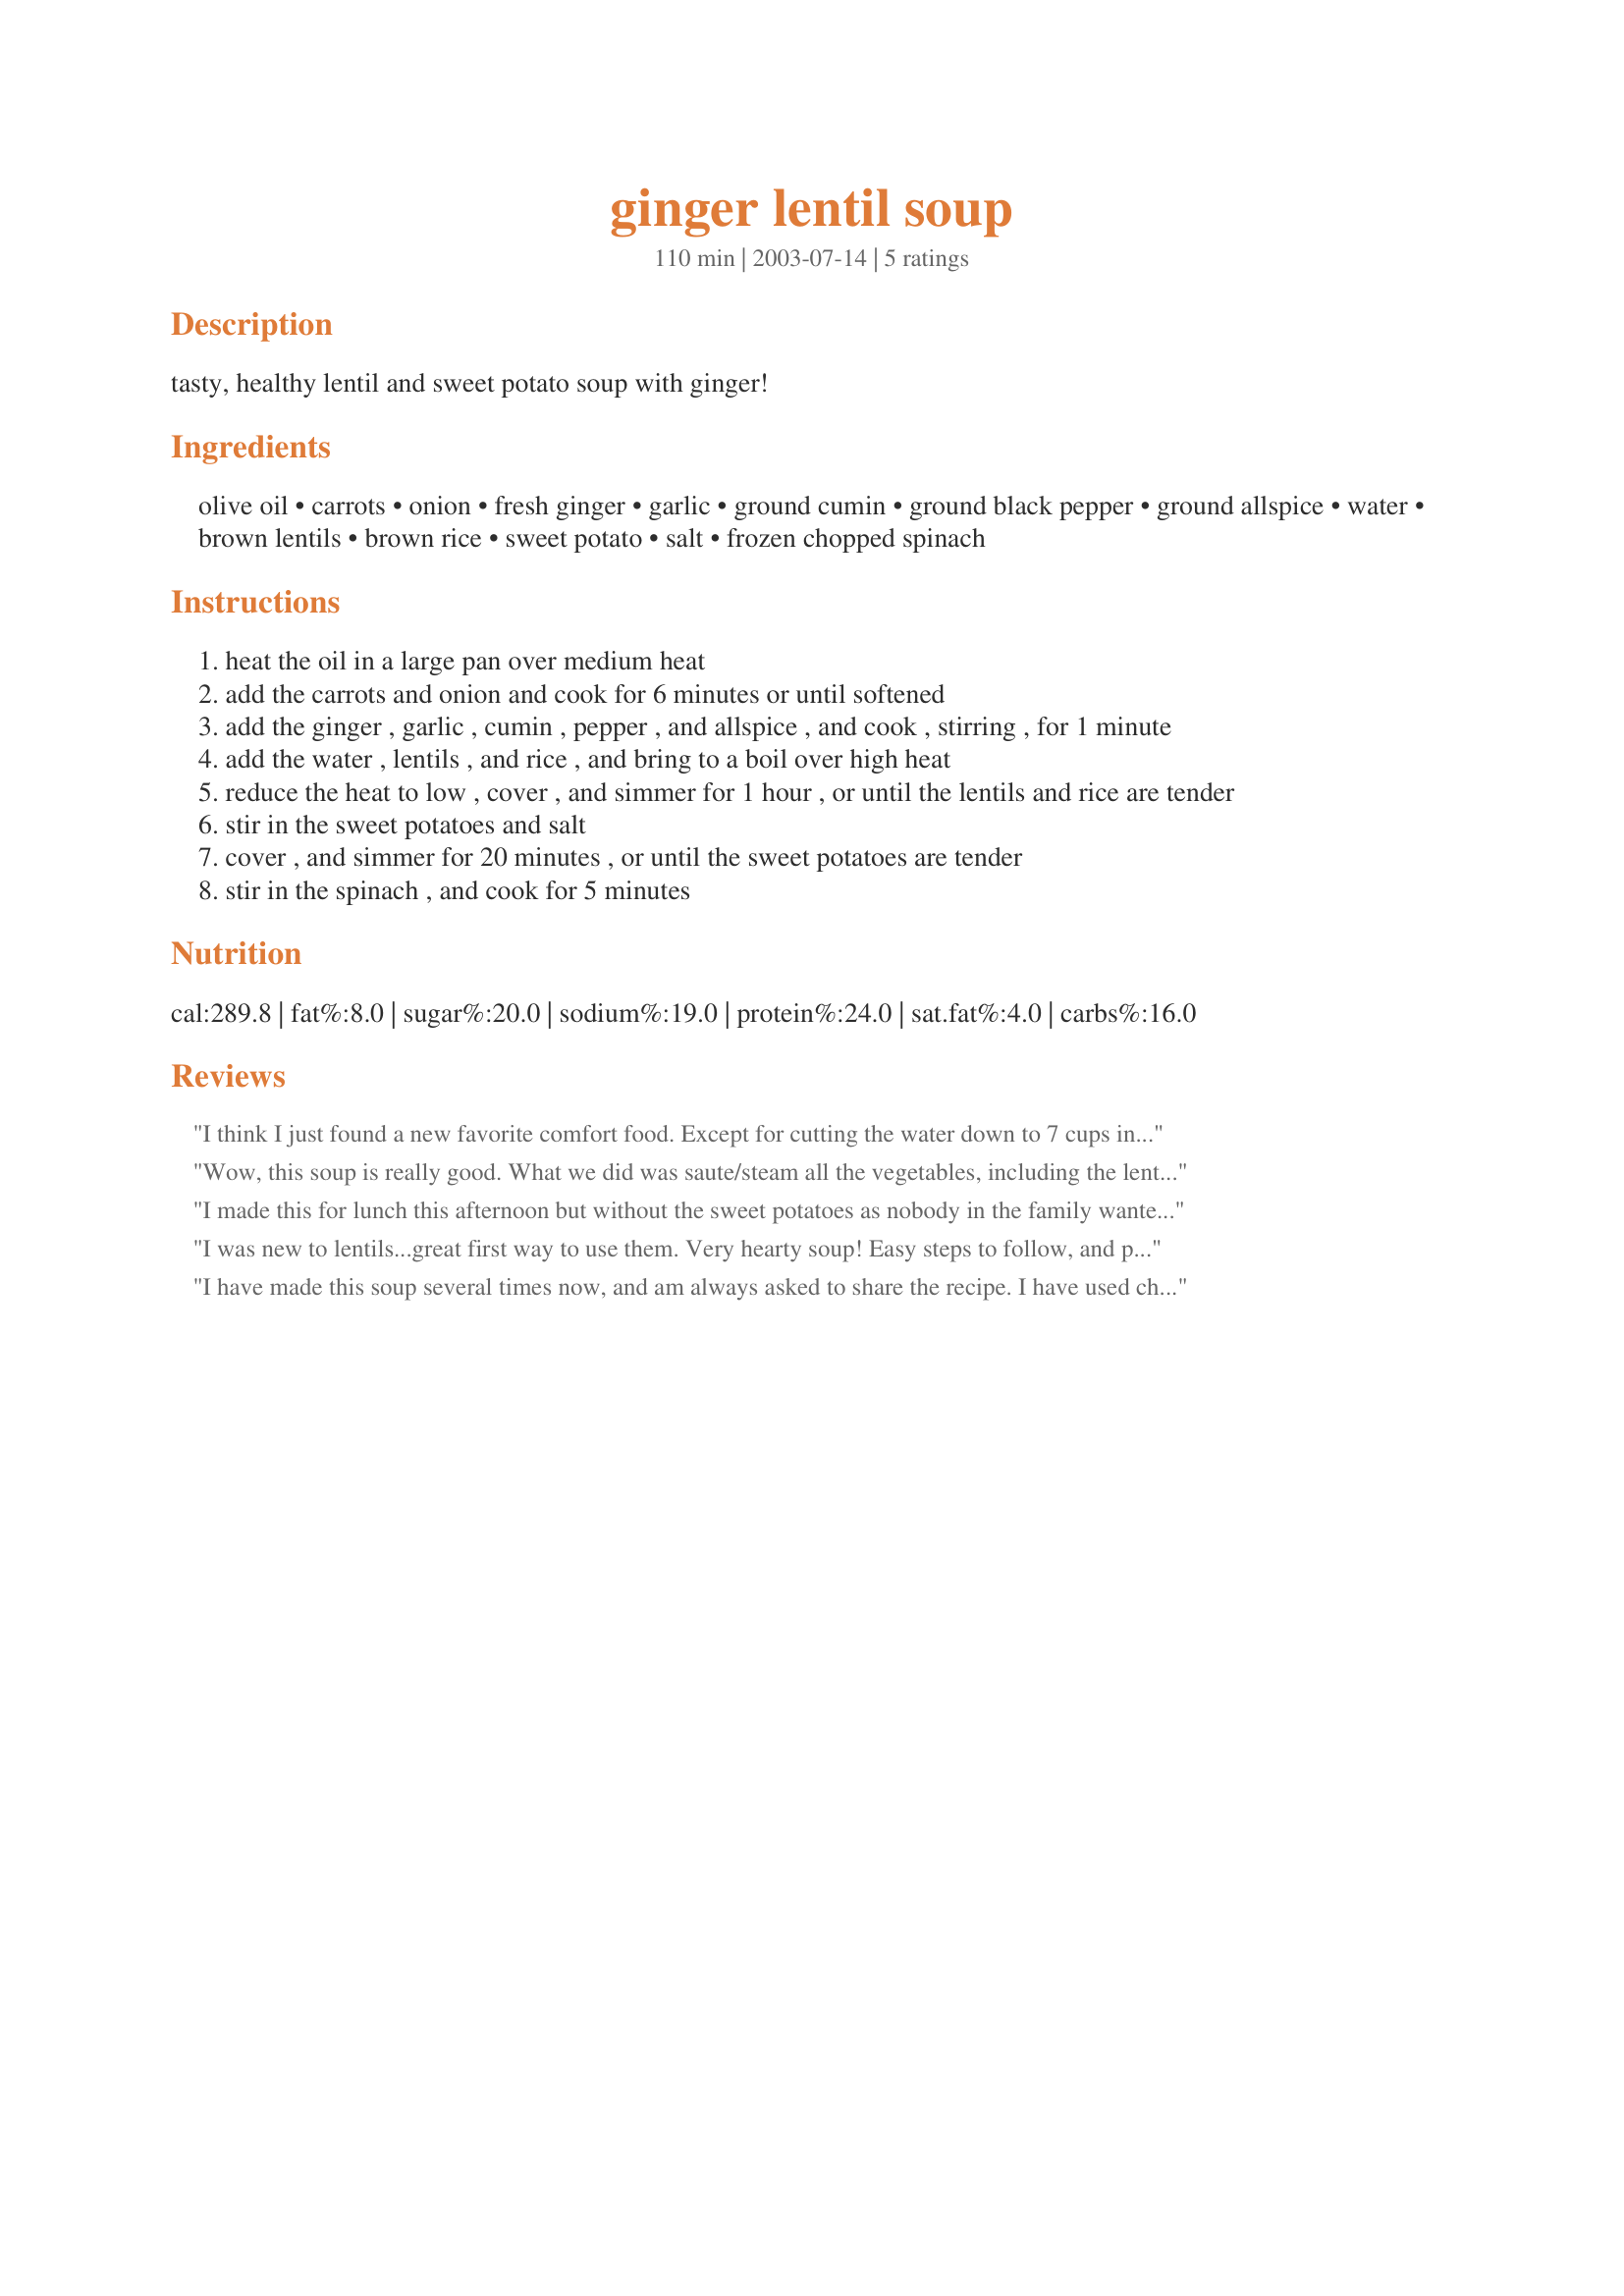
ginger lentil soup
Preparation time: 110 minutes

tasty, healthy lentil and sweet potato soup with ginger!

Ingredients:
olive oil, carrots, onion, fresh ginger, garlic, ground cumin, ground black pepper, ground allspice, water, brown lentils, brown rice, sweet potato, salt, frozen chopped spinach

Steps:
heat the oil in a large pan over medium heat
add the carrots and onion and cook for 6 minutes or until softened
add the ginger , garlic , cumin , pepper , and allspice , and cook , stirring , for 1 minute
add the water , lentils , and rice , and bring to a boil over high heat
reduce the heat to low , cover , and simmer for 1 hour , or until the lentils and rice are tender
stir in the sweet potatoes and salt
cover , and simmer for 20 minutes , or until the sweet potatoes are tender
stir in the spinach , and cook for 5 minutes

Reviews:
I think I just found a new favorite comfort food. Except for cutting the water down to 7 cups instead of 8 (I like my soups on the thicker side), and adding a tiny bit more salt, I followed the recipe as is. I like the creamy texture the sweet potatoes take on after cooking. But the best part comes from crunching on the little bits of ginger; they add a nice surprise. Thanks for sharing, Dale!
Wow, this soup is really good. What we did was saute/steam all the vegetables, including the lentils, in 1/3 cup of olive oil. Once they were cooked down a ways, I added the ginger, garlic and all the spices then let it simmer for 30 minutes. Then we pureed most of the chunks. My boyfriend said, "Wow, that's like Iron Chef good!" This recipe rocks. And it's vegan. Thank you very much for posting.
I made this for lunch this afternoon but without the sweet potatoes as nobody in the family wanted these in the soup. I used all fresh ingredients(something I always love doing!). Since we don't use olive oil in food, I used Sunflower oil. I omitted the brown rice also since I didnt have it on hand. I substituted the brown lentils with red lentils(masoor dal) since it's really a favourite of mine and very light on the stomach(very easily digestible) as well. This soup took quite sometime to cook, but it was really well worth the wait. It tastes wonderful and I'm having it and serving it with a big smile because it comes from you and because it's good for health too! Thanks for sharing!
I was new to lentils...great first way to use them. Very hearty soup! Easy steps to follow, and plenty of time to do other stuff between steps, or to get the next step ready! Well done, and thanks for sharing! 4 and 1/4 stars!
I have made this soup several times now, and am always asked to share the recipe. I have used chicken or vegetable broth in place of half the water and added some sweet italian sausage. This recipe has become a staple in our home. The perfect winter comfort food and easy to prepare for guests. It always gets rave reviews! Thanks for a great soup!
